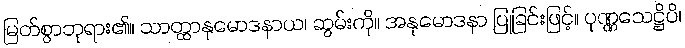
မြတ်စွာဘုရား၏။ သာတ္ထာနုမောဒနာယ၊ ဆွမ်းကို။ အနုမောဒနာ ပြုခြင်းဖြင့်။ ပုဏ္ဏသေဋ္ဌိပိ၊